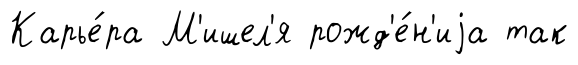
Карье́ра М'ишел'я рожд'е́н'иjа так